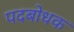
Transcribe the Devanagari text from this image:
पदबोधक